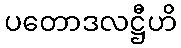
ပတောဒလဋ္ဌီဟိ